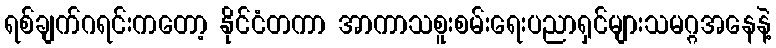
ရစ်ချက်ဂရင်းကတော့ နိုင်ငံတကာ အာကာသစူးစမ်းရေးပညာရှင်များသမဂ္ဂအနေနဲ့